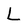
Character: L